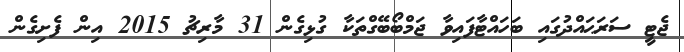
ޖެޓީ ސަރަޙައްދުގައި ބަހައްޓާފައިވާ ޖަމްބޯބޭގްތަކާ ގުޅިގެން 31 މާރިޗު 2015 އިން ފެށިގެން